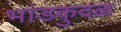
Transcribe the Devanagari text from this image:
भांडकुदळ